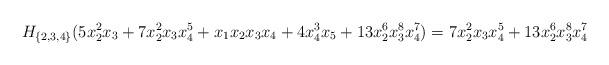
LaTeX: \begin{align*} H_{\{2,3,4\}} (5 x_2^2 x_3 + 7 x_2^2 x_3 x_4^5 + x_1x_2x_3x_4 + 4 x_4^3 x_5 + 13 x_2^6 x_3^8 x_4^7) = 7 x_2^2 x_3 x_4^5 + 13 x_2^6 x_3^8 x_4^7 \end{align*}